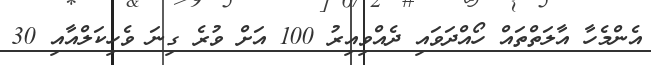
އެންމެހާ އާލަތްތައް ހޯއްދަވައި ދެއްވިއިރު 100 އަށް ވުރެ ގިނަ ވެހިކަލްއާއި 30